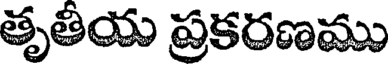
తృతీయ ప్రకరణము